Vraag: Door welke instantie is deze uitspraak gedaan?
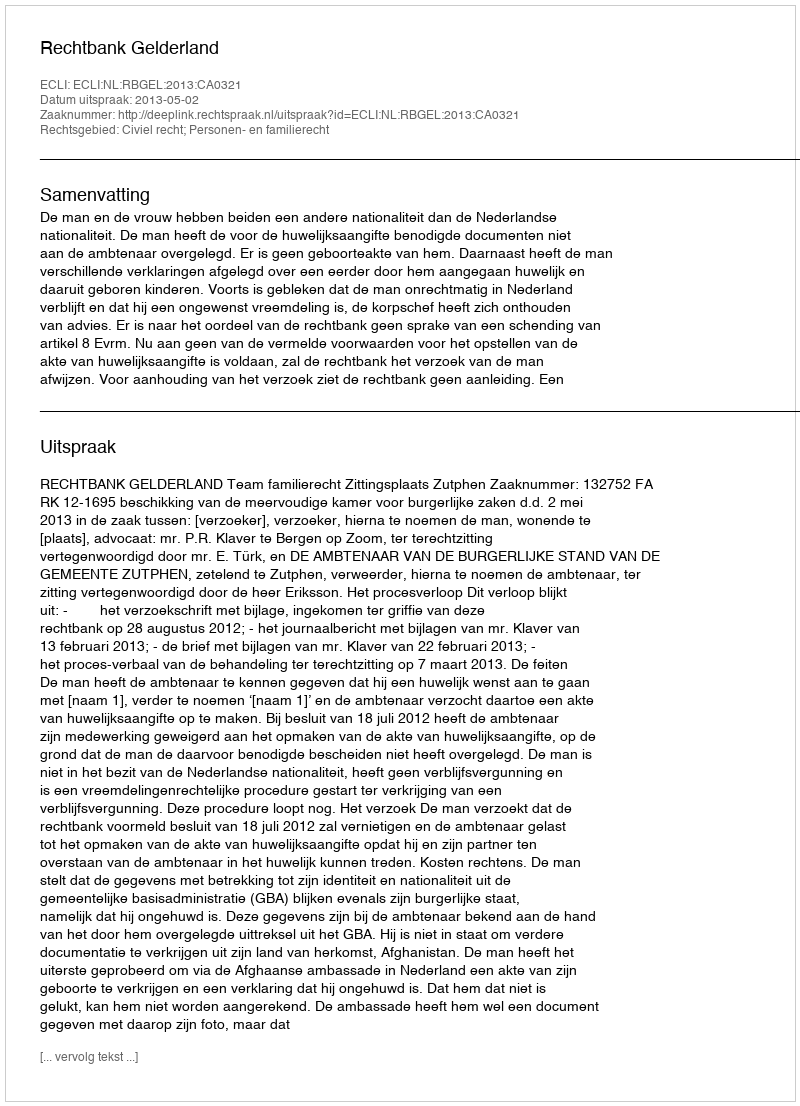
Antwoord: Rechtbank Gelderland